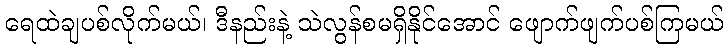
ရေထဲချပစ်လိုက်မယ်၊ ဒီနည်းနဲ့ သဲလွန်စမရှိနိုင်အောင် ဖျောက်ဖျက်ပစ်ကြမယ်